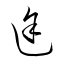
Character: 途